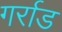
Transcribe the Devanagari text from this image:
गर्राड